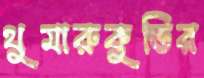
থুমারুকুন্ডির